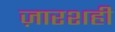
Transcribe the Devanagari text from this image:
ज़ारशही